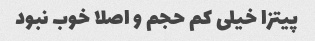
پیتزا خیلى کم حجم و اصلا خوب نبود